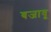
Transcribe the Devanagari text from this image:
बजावू